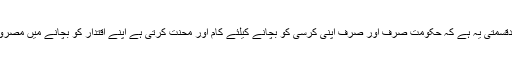
پاکستان کی بدقسمتی یہ ہے کہ حکومت صرف اور صرف اپنی کرسی کو بچانے کیلئے کام اور محنت کرتی ہے اپنے اقتدار کو بچانے میں مصروف رہتی ہے۔